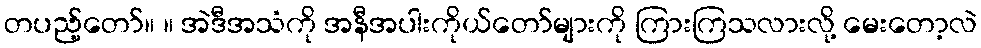
တပည့်တော်။ ။ အဲဒီအသံကို အနီအပါးကိုယ်တော်များကို ကြားကြသလားလို့ မေးတော့လဲ